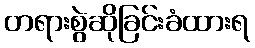
တရားစွဲဆိုခြင်းခံထားရ